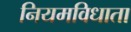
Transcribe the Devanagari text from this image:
नियमविधाता